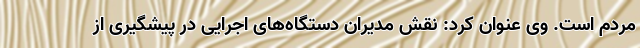
مردم است. وی عنوان کرد: نقش مدیران دستگاه‌های اجرایی در پیشگیری از